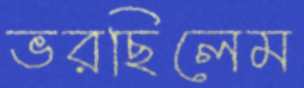
ভরছিলেম